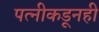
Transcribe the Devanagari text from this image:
पत्‍नीकडूनही